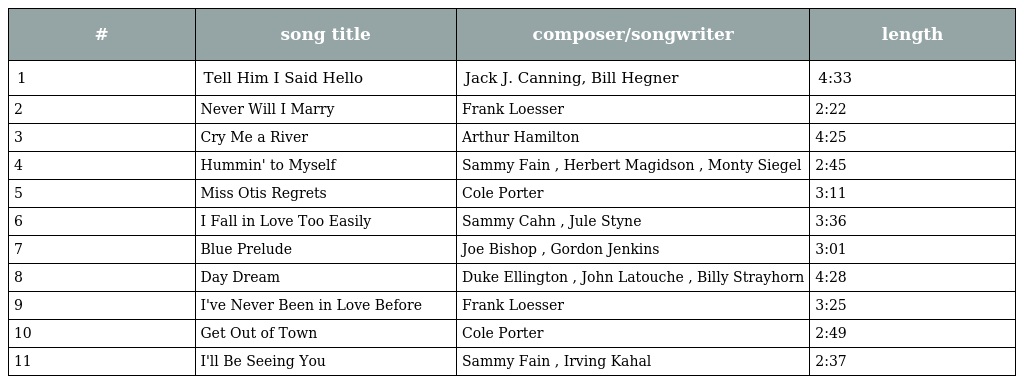
| # | song title | composer/songwriter | length |
 | --- | --- | --- | --- |
 | 1 | Tell Him I Said Hello | Jack J. Canning, Bill Hegner | 4:33 |
 | 2 | Never Will I Marry | Frank Loesser | 2:22 |
 | 3 | Cry Me a River | Arthur Hamilton | 4:25 |
 | 4 | Hummin' to Myself | Sammy Fain , Herbert Magidson , Monty Siegel | 2:45 |
 | 5 | Miss Otis Regrets | Cole Porter | 3:11 |
 | 6 | I Fall in Love Too Easily | Sammy Cahn , Jule Styne | 3:36 |
 | 7 | Blue Prelude | Joe Bishop , Gordon Jenkins | 3:01 |
 | 8 | Day Dream | Duke Ellington , John Latouche , Billy Strayhorn | 4:28 |
 | 9 | I've Never Been in Love Before | Frank Loesser | 3:25 |
 | 10 | Get Out of Town | Cole Porter | 2:49 |
 | 11 | I'll Be Seeing You | Sammy Fain , Irving Kahal | 2:37 |